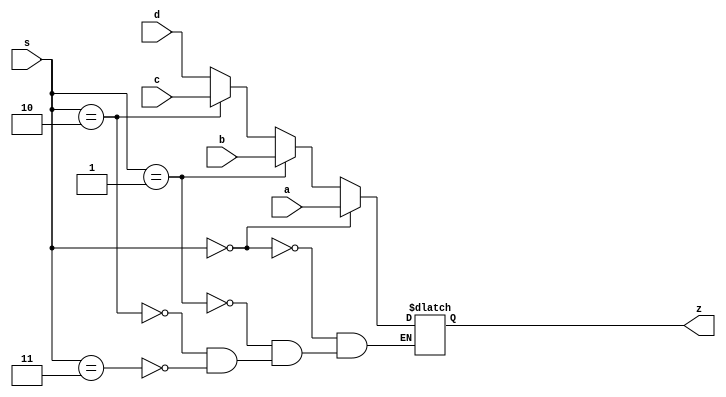

module mux(
    input wire a,
    input wire b,
    input wire c,
    input wire d,
    input wire [1:0] s,
    output reg z
);

always@(a, b, c, d, s)
begin
    if(s == 2'b00)
        z <= a;
    else if(s == 2'b01)
        z<= b;
    else if(s == 2'b10)
        z<= c;
    else if(s == 2'b11)
        z <= d;
end
endmodule

`timescale 1ns/10ps
module mux_tb();

reg a, b, c, d;
reg [1:0]s;
wire z;

mux UUT(.a(a), .b(b), .c(c), .d(d), .s(s), .z(z));

initial 
begin
$timeformat(-9,2, "ns");
$monitor ("[%0t] s = %0b  a=%0b b=%0b c=%0b d=%0b ==> z=%0b", $time, s, a, b, c, d, z);

a <= 1'b1;
b <= 1'b0;
c <= 1'b0;
d <= 1'b0;

s <= 2'b00;

#10;

a <= 1'b0;
b <= 1'b1;
c <= 1'b1;
d <= 1'b1;

#10;

a <= 1'b0;
b <= 1'b1;
c <= 1'b0;
d <= 1'b0;

s <= 2'b01;

#10;

a <= 1'b1;
b <= 1'b0;
c <= 1'b1;
d <= 1'b1;

#10;


a <= 1'b0;
b <= 1'b0;
c <= 1'b1;
d <= 1'b0;

s <= 2'b10;

#10;

a <= 1'b1;
b <= 1'b1;
c <= 1'b0;
d <= 1'b1;

#10;


a <= 1'b0;
b <= 1'b0;
c <= 1'b0;
d <= 1'b1;

s <= 2'b11;

#10;

a <= 1'b1;
b <= 1'b1;
c <= 1'b1;
d <= 1'b0;

#10;


end

endmodule